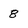
Character: 8